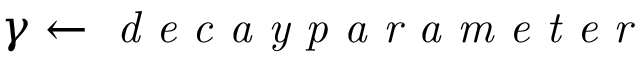
\gamma \gets \textit { d e c a y p a r a m e t e r }